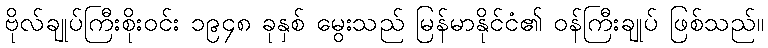
ဗိုလ်ချုပ်ကြီးစိုးဝင်း ၁၉၄၈ ခုနှစ် မွေးသည် မြန်မာနိုင်ငံ၏ ဝန်ကြီးချုပ် ဖြစ်သည်။